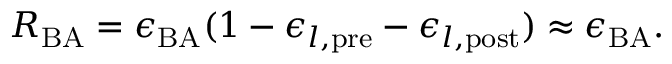
R _ { \mathrm { B A } } = \epsilon _ { \mathrm { B A } } ( 1 - \epsilon _ { l , \mathrm { p r e } } - \epsilon _ { l , \mathrm { p o s t } } ) \approx \epsilon _ { \mathrm { B A } } .